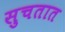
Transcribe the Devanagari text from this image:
सुचतात